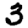
Digit: 3